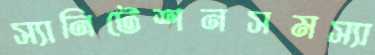
স্যানিটেশনসমস্যা